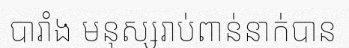
បារាំង មនុស្សរាប់ពាន់នាក់បាន